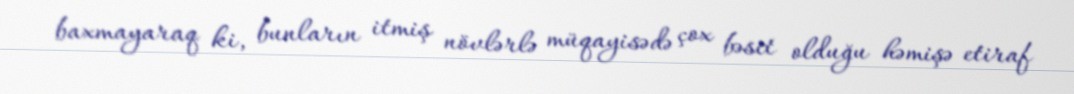
baxmayaraq ki, bunların itmiş növlərlə müqayisədə çox bəsit olduğu həmişə etiraf